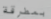
بمطرقة